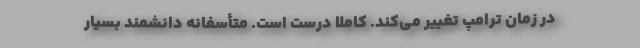
در زمان ترامپ تغییر می‌کند. ‌کاملا درست است. متأسفانه دانشمند بسیار